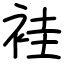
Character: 袿